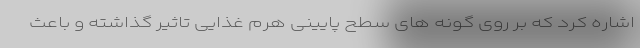
اشاره کرد که بر روی گونه های سطح پایینی هرم غذایی تاثیر گذاشته و باعث